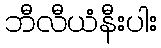
ဘီလီယံနီးပါး